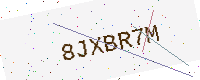
Text: 8JXBR7M